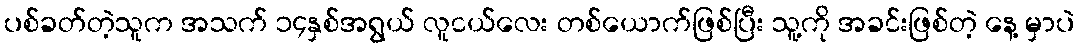
ပစ်ခတ်တဲ့သူက အသက် ၁၄နှစ်အရွယ် လူငယ်လေး တစ်ယောက်ဖြစ်ပြီး သူ့ကို အခင်းဖြစ်တဲ့ နေ့ မှာပဲ